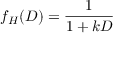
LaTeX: f _ { H } ( D ) = { \frac { 1 } { 1 + k D } }